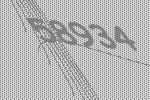
58934